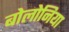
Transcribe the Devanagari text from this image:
बोलोनिया